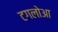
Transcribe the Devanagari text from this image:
टगलोआ